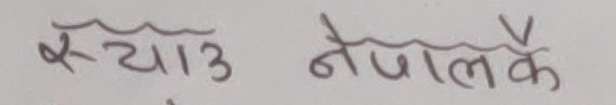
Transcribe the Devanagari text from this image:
स्याउ नेपालकै